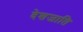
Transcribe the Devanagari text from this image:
देशजाति